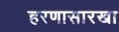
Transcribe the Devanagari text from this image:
हरणासारखा